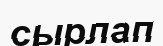
сырлап